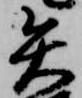
矢